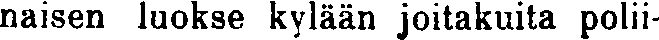
naisen luokse kylään joitakuita polii-